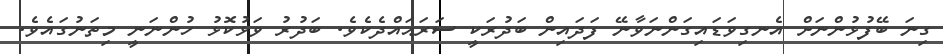
ގިނަ ބޭފުޅުންނަށް އެނގިވަޑައިގަންނަވާނޭ ފަދައިން ބަދުރަކީ ސަރަޙައްދެކެވެ. ބަދުރު ވަޅުކޮޅު ހުންނަނީ މިތަނުގައެވެ.